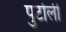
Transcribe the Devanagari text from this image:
पुटोली